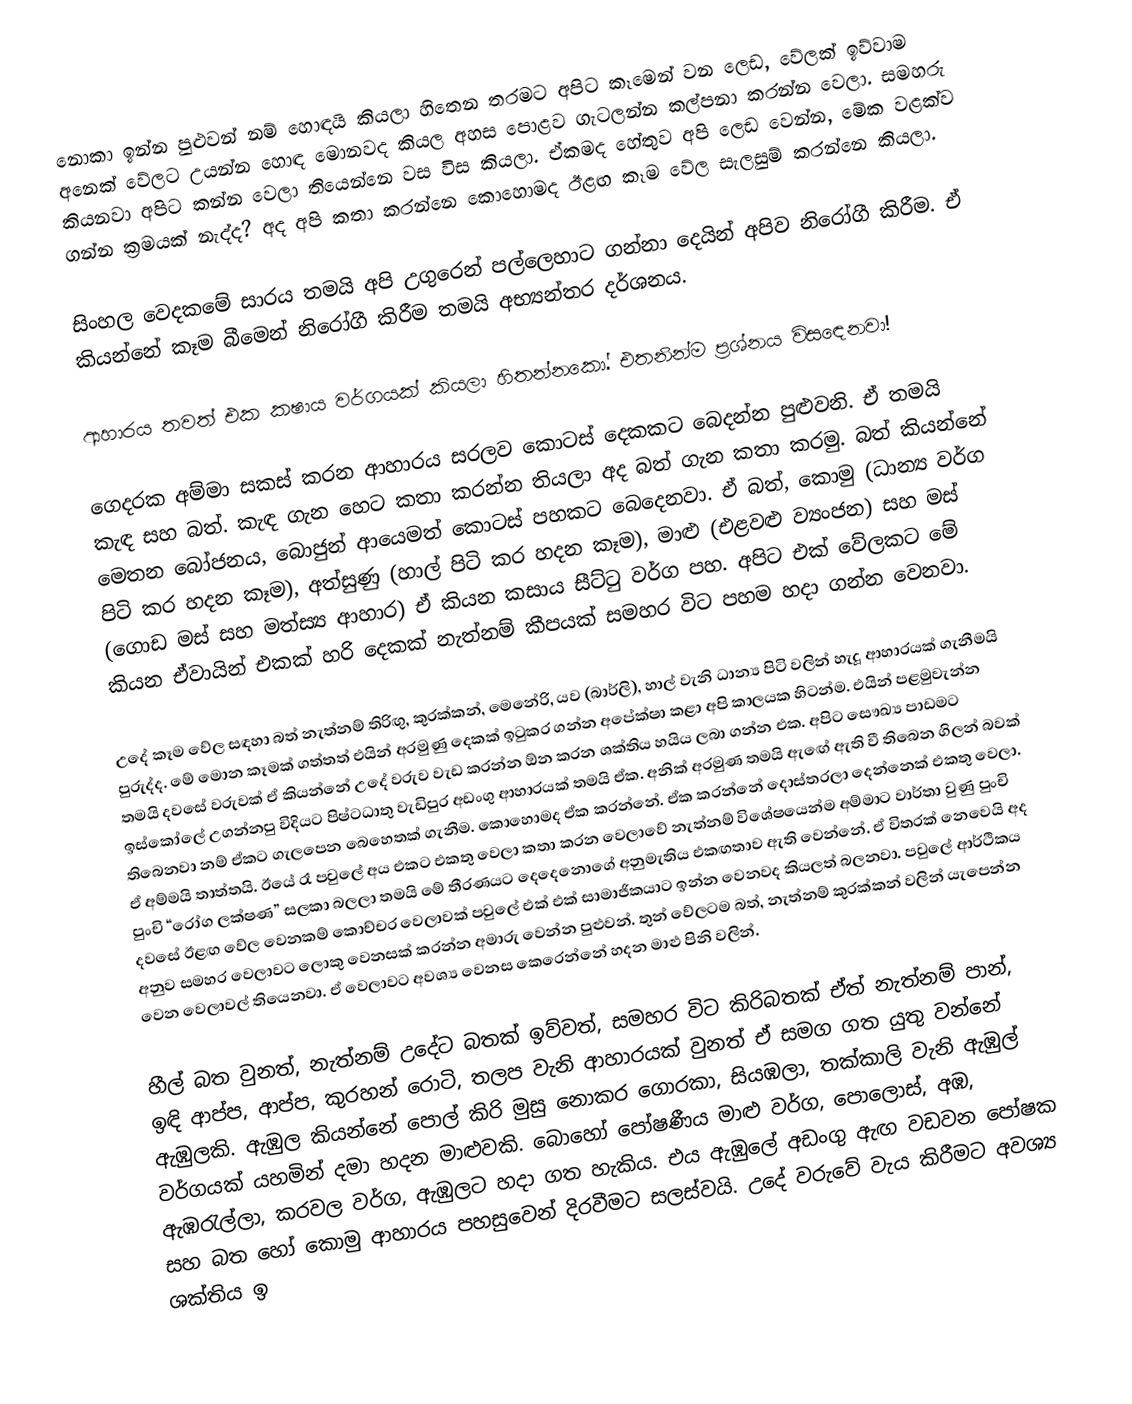
නොකා ඉන්න පුළුවන් නම් හොඳයි කියලා හිතෙන තරමට අපිට කෑමෙන් වන ලෙඩ, වේලක් ඉව්වාම අනෙක් වේලට උයන්න හොඳ මොනවද කියල අහස පොළව ගැටලන්න කල්පනා කරන්න වෙලා. සමහරු කියනවා අපිට කන්න වෙලා තියෙන්නෙ වස විස කියලා. ඒකමද හේතුව අපි ලෙඩ වෙන්න, මේක වළක්ව ගන්න ක්‍රමයක් නැද්ද? අද අපි කතා කරන්නෙ කොහොමද ඊළඟ කෑම වේල සැලසුම් කරන්නෙ කියලා.

සිංහල වෙදකමේ සාරය තමයි අපි උගුරෙන් පල්ලෙහාට ගන්නා දෙයින් අපිව නිරෝගී කිරීම. ඒ කියන්නේ කෑම බීමෙන් නිරෝගී කිරීම තමයි අභ්‍යන්තර දර්ශනය.

ආහාරය තවත් එක කෂාය වර්ගයක් කියලා හිතන්නකෝ. එතනින්ම ප්‍රශ්නය විසඳෙනවා!

ගෙදරක අම්මා සකස් කරන ආහාරය සරලව කොටස් දෙකකට බෙදන්න පුළුවනි. ඒ තමයි කැඳ සහ බත්. කැඳ ගැන හෙට කතා කරන්න තියලා අද බත් ගැන කතා කරමු. බත් කියන්නේ මෙතන බෝජනය, බොජුන් ආයෙමත් කොටස් පහකට බෙදෙනවා. ඒ බත්, කොමු (ධාන්‍ය වර්ග පිටි කර හදන කෑම), අත්සුණු (හාල් පිටි කර හදන කෑම), මාළු (එළවළු ව්‍යංජන) සහ මස් (ගොඩ මස් සහ මත්ස්‍ය ආහාර) ඒ කියන කසාය සීට්ටු වර්ග පහ. අපිට එක් වේලකට මේ කියන ඒවායින් එකක් හරි දෙකක් නැත්නම් කීපයක් සමහර විට පහම හදා ගන්න වෙනවා.

උදේ කෑම වේල සඳහා බත් නැත්නම් තිරිඟු, කුරක්කන්, මෙනේරි, යව (බාර්ලි), හාල් වැනි ධාන්‍ය පිටි වලින් හැදූ ආහාරයක් ගැනීමයි පුරුද්ද. මේ මොන කෑමක් ගත්තත් එයින් අරමුණු දෙකක් ඉටුකර ගන්න අපේක්ෂා කළා අපි කාලයක හිටන්ම. එයින් පළමුවැන්න තමයි දවසේ වරුවක් ඒ කියන්නේ උදේ වරුව වැඩ කරන්න ඕන කරන ශක්තිය හයිය ලබා ගන්න එක. අපිට සෞඛ්‍ය පාඩමට ඉස්කෝලේ උගන්නපු විදියට පිෂ්ටධාතු වැඩිපුර අඩංගු ආහාරයක් තමයි ඒක. අනික් අරමුණ තමයි ඇඟේ ඇති වී තිබෙන ගිලන් බවක් තිබෙනවා නම් ඒකට ගැලපෙන බෙහෙතක් ගැනීම. කොහොමද ඒක කරන්නේ. ඒක කරන්නේ දොස්තරලා දෙන්නෙක් එකතු වෙලා. ඒ අම්මයි තාත්තයි. ඊයේ රෑ පවුලේ අය එකට එකතු වෙලා කතා කරන වෙලාවේ නැත්නම් විශේෂයෙන්ම අම්මාට වාර්තා වුණු පුංචි පුංචි “රෝග ලක්ෂණ” සලකා බලලා තමයි මේ තීරණයට දෙදෙනොගේ අනුමැතිය එකඟතාව ඇති වෙන්නේ. ඒ විතරක් නෙවෙයි අද දවසේ ඊළඟ වේල වෙනකම් කොච්චර වෙලාවක් පවුලේ එක් එක් සාමාජිකයාට ඉන්න වෙනවද කියලත් බලනවා. පවුලේ ආර්ථිකය අනුව සමහර වෙලාවට ලොකු වෙනසක් කරන්න අමාරු වෙන්න පුළුවන්. තුන් වේලටම බත්, නැත්නම් කුරක්කන් වලින් යැපෙන්න වෙන වෙලාවල් තියෙනවා. ඒ වෙලාවට අවශ්‍ය වෙනස කෙරෙන්නේ හදන මාළු පිනි වලින්.

හීල් බත වුනත්, නැත්නම් උදේට බතක් ඉව්වත්, සමහර විට කිරිබතක් ඒත් නැත්නම් පාන්, ඉඳි ආප්ප, ආප්ප, කුරහන් රොටි, තලප වැනි ආහාරයක් වුනත් ඒ සමග ගත යුතු වන්නේ ඇඹුලකි. ඇඹුල කියන්නේ පොල් කිරි මුසු නොකර ගොරකා, සියඹලා, තක්කාලි වැනි ඇඹුල් වර්ගයක් යහමින් දමා හදන මාළුවකි. බොහෝ පෝෂණීය මාළු වර්ග, පොලොස්, අඹ, ඇඹරැල්ලා, කරවල වර්ග, ඇඹුලට හදා ගත හැකිය. එය ඇඹුලේ අඩංගු ඇඟ වඩවන පෝෂක සහ බත හෝ කොමු ආහාරය පහසුවෙන් දිරවීමට සලස්වයි. උදේ වරුවේ වැය කිරීමට අවශ්‍ය ශක්තිය ඉ